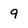
Character: 9